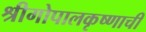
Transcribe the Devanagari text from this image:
श्रीगोपालकृष्णाची